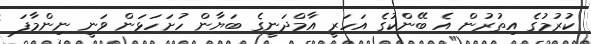
ކުރުމުގެ އިތުރުން އެ ބޭންކުގެ އަހަރީ އާމްދަނީގެ ބަޔާން ހުށަހަޅަން ވަނީ ނިންމާފަ